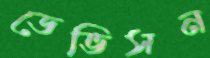
ডেভিসন